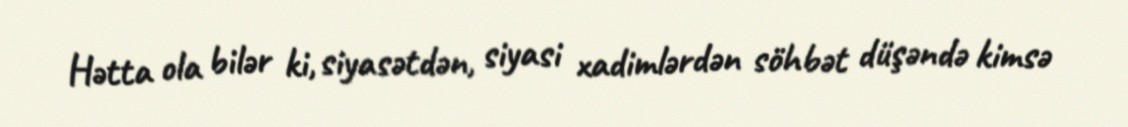
Hətta ola bilər ki, siyasətdən, siyasi xadimlərdən söhbət düşəndə kimsə